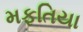
મફતિયા